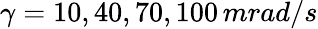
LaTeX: \gamma=10,40,70,100\, mrad/s